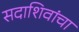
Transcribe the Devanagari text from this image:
सदाशिवांचा